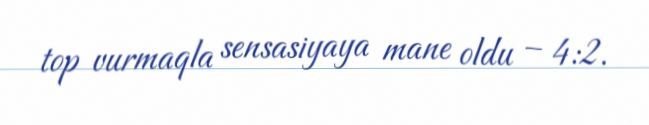
top vurmaqla sensasiyaya mane oldu – 4:2.